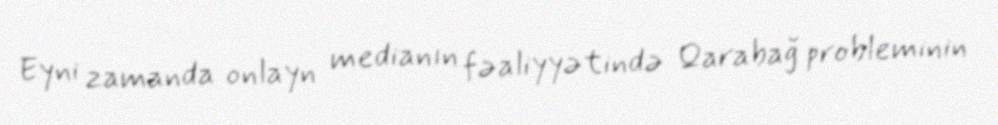
Eyni zamanda onlayn medianın fəaliyyətində Qarabağ probleminin